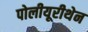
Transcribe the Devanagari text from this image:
पोलीयूरीथेन